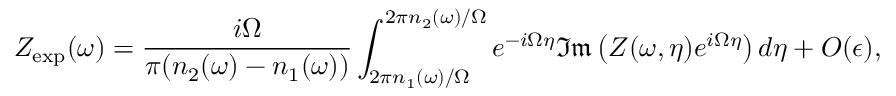
Z _ { \mathrm { e x p } } ( \omega ) = \frac { i \Omega } { \pi ( n _ { 2 } ( \omega ) - n _ { 1 } ( \omega ) ) } \int _ { 2 \pi n _ { 1 } ( \omega ) / \Omega } ^ { 2 \pi n _ { 2 } ( \omega ) / \Omega } e ^ { - i \Omega \eta } \mathfrak { I m } \left( Z ( \omega , \eta ) e ^ { i \Omega \eta } \right) d \eta + O ( \epsilon ) ,